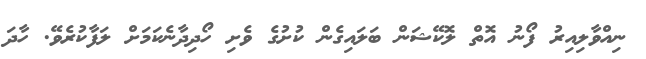
ނިއްވާލިއިރު ފޯނު އޮތް ލޮކޭޝަން ބަލައިގެން ކުށުގެ ވެށި ހޯދިދާނެކަމަށް ލަފާކުރެވޭ. ހާދަ